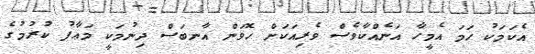
އެކަމަކު ހަމަ އެމީހާ އަނެއްކާވެސް ވެރިއަކަށް ހޮވަން އާނބަސް ދިނުމަކީ މަޢާފު ކުރުމުގެ